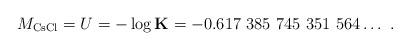
LaTeX: \begin{align*}M_{\mathrm{CsCl}}=U=-\log \mathbf{K}=-0.617 \ 385 \ 745 \ 351 \ 564 \ldots \ .\end{align*}